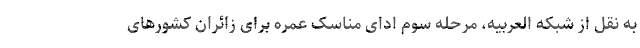
به نقل از شبکه العربیه، مرحله سوم ادای مناسک عمره برای زائران کشورهای